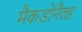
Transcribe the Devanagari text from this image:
मैकडोनैल्ड